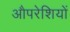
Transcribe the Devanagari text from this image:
औपरेशियों